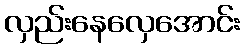
လှည်းနေလှေအောင်း